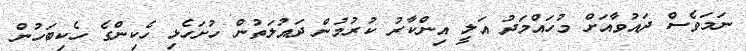
ނަމަވެސް ދައުވާއަށް މުހައްމަދު އަލީ އިންކާރު ކުރުމުން ދައުލަތުން ހުށަހެޅި ހެކިންގެ ހެކިބަހުން